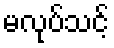
မလုပ်သင့်